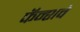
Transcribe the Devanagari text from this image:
फॅन्शवे